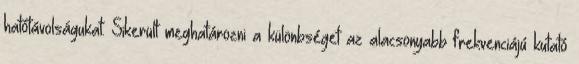
hatótávolságukat. Sikerült meghatározni a különbséget az alacsonyabb frekvenciájú kutató